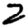
Digit: 2